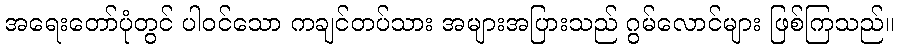
အရေးတော်ပုံတွင် ပါဝင်သော ကချင်တပ်သား အများအပြားသည် ဂွမ်လောင်များ ဖြစ်ကြသည်။